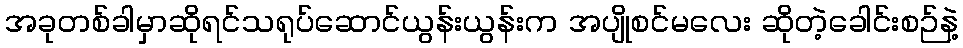
အခုတစ်ခါမှာဆိုရင်သရုပ်ဆောင်ယွန်းယွန်းက အပျိုစင်မလေး ဆိုတဲ့ခေါင်းစဉ်နဲ့